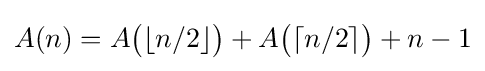
A(n)=A{\bigl (}\lfloor n/2\rfloor {\bigr )}+A{\bigl (}\lceil n/2\rceil {\bigr )}+n-1